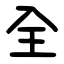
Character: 全